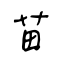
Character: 苗